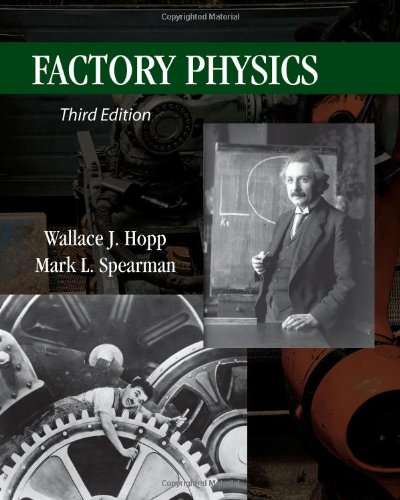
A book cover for Factory Physics; Wallace J. Hopp; Engineering & Transportation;